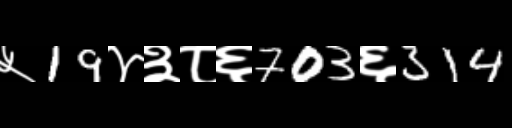
Text: ५19४३८६703६314